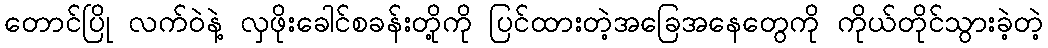
တောင်ပြို လက်ဝဲနဲ့ လှဖိုးခေါင်စခန်းတို့ကို ပြင်ထားတဲ့အခြေအနေတွေကို ကိုယ်တိုင်သွားခဲ့တဲ့